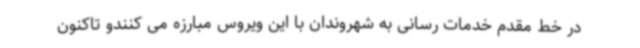
در خط مقدم خدمات رسانی به شهروندان با این ویروس مبارزه می کنندو تاکنون